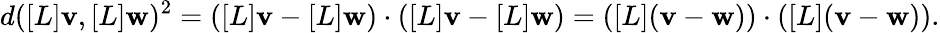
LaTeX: d([L]\mathbf{v},[L]\mathbf{w})^{2}=([L]\mathbf{v}-[L]\mathbf{w})\cdot([L]\mathbf{v}-[L]\mathbf{w})=([L](\mathbf{v}-\mathbf{w}))\cdot([L](\mathbf{v}-\mathbf{w})).